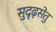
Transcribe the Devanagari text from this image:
सुदृढ़सेतु